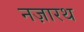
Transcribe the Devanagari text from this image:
नज़ारथ